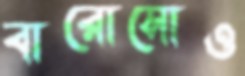
বারোসোও